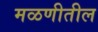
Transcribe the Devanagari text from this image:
मळणीतील